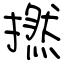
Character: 撚